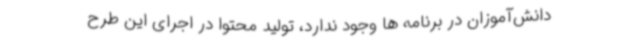
دانش‌آموزان در برنامه ها وجود ندارد، تولید محتوا در اجرای این طرح